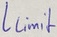
Text: Llimit